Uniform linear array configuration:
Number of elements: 64
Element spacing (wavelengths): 1
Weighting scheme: exponential
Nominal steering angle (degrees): -45
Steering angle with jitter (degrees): -44.203
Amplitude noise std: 0.05
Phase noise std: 0.05

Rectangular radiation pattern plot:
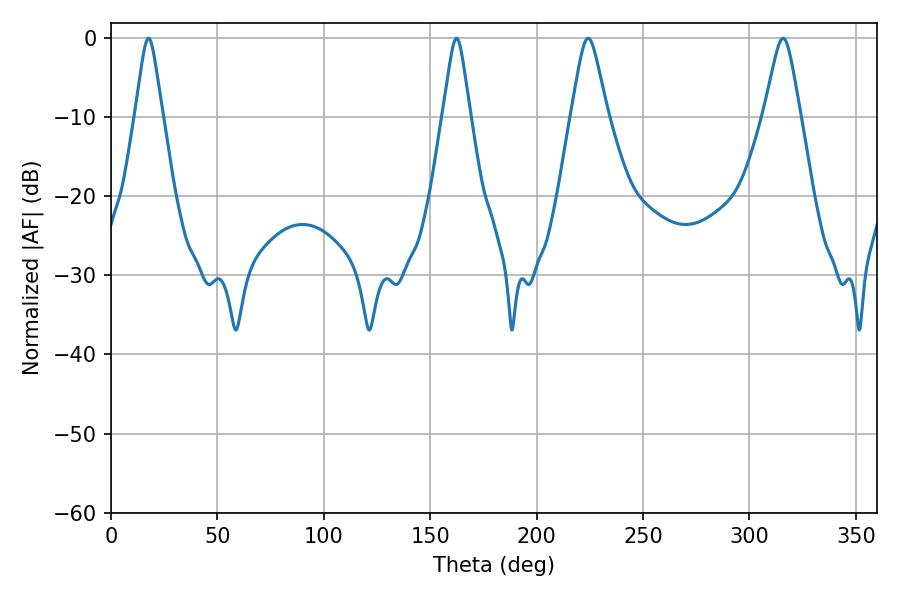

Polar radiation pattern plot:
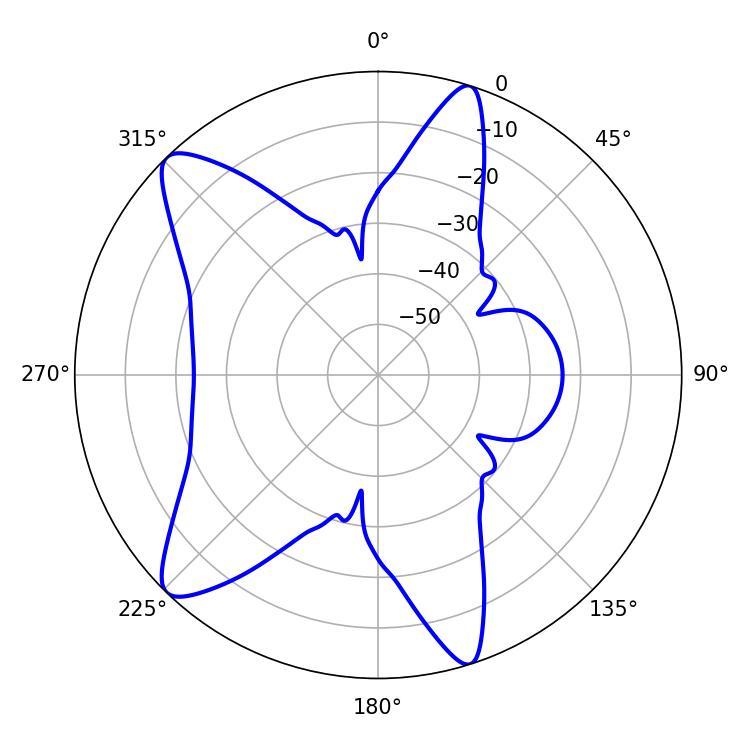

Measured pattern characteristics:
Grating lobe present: TRUE
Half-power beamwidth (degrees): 6.12
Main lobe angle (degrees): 17.64